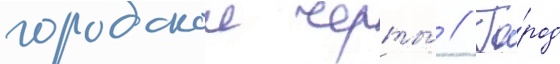
городскои черты́ // Го́род